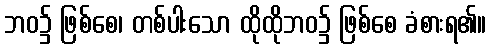
ဘဝ၌ ဖြစ်စေ၊ တစ်ပါးသော ထိုထိုဘဝ၌ ဖြစ်စေ ခံစားရ၏။